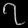
Digit: ၇